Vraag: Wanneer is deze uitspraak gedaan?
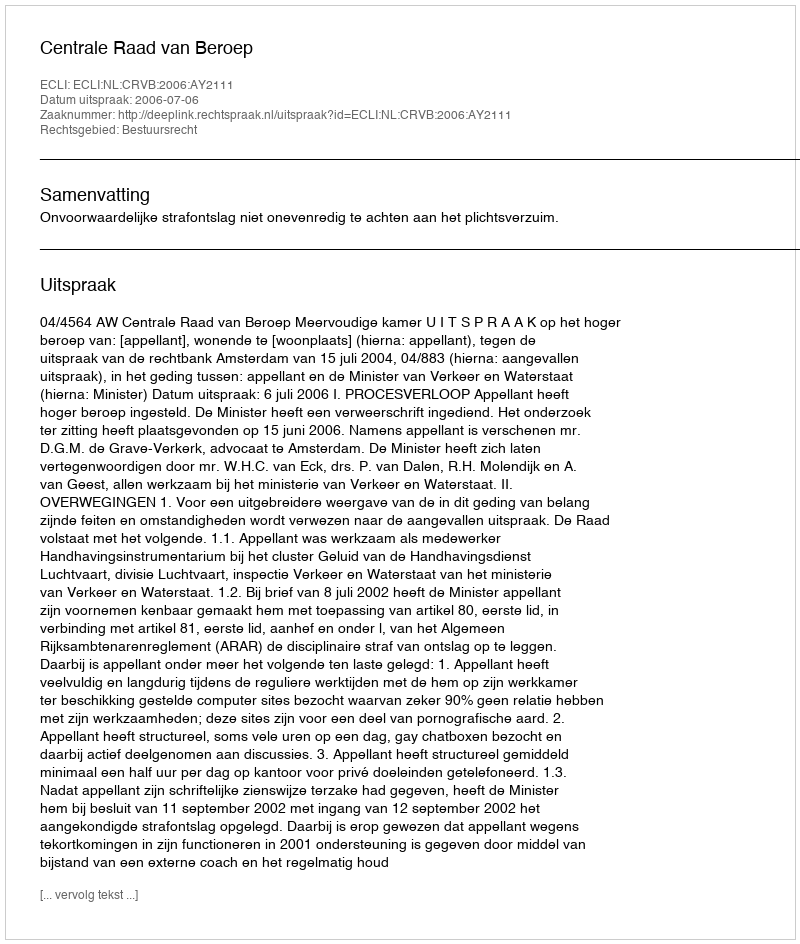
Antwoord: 2006-07-06